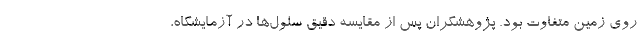
روی زمین متفاوت بود. پژوهشگران پس از مقایسه دقیق سلول‌ها در آزمایشگاه،